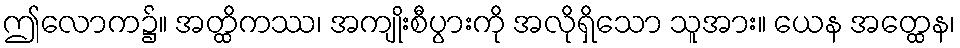
ဤလောက၌။ အတ္ထိကဿ၊ အကျိုးစီပွားကို အလိုရှိသော သူအား။ ယေန အတ္ထေန၊